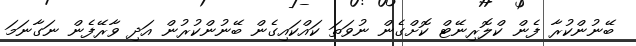
ބޭނުންކުރާ ފެން ކްލޮރިނޭޓް ކޮށްގެން ނުވަތަ ކައްކައިގެން ބޭނުންކުރުން އަދި ވާރޭފެން ނަގާނަމަ